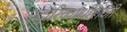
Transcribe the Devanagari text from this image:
५द्वारिकाधीशजी